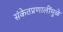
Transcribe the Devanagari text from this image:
संकेतप्रणालींमुळे